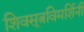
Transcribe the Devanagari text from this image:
शिवसूत्रविमर्शिनी